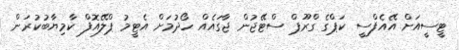
ޓީސީއަށް އޭއެފްސީ ކަޕްގެ ގްރޫޕް ސްޓޭޖުން ޖާގައެއް ހޯދުމަށް އެޓީމު ޕްލޭއޮފް ކާމިޔާބުކުރަން